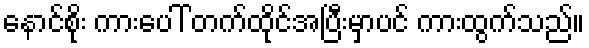
နောင်စိုး ကားပေါ် တက်ထိုင်အပြီးမှာပင် ကားထွက်သည်။